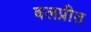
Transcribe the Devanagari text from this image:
बलप्रीत